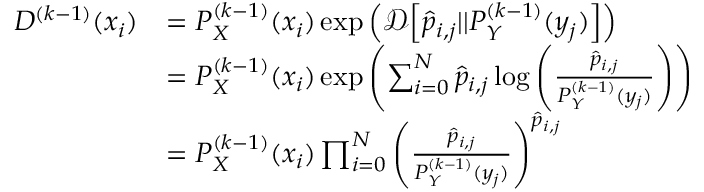
\begin{array} { r l } { D ^ { ( k - 1 ) } ( x _ { i } ) } & { = P _ { X } ^ { ( k - 1 ) } ( x _ { i } ) \exp \left( { \mathcal { D } \Big [ \hat { p } _ { i , j } | | P _ { Y } ^ { ( k - 1 ) } ( y _ { j } ) \Big ] } \right) } \\ & { = P _ { X } ^ { ( k - 1 ) } ( x _ { i } ) \exp \left( \sum _ { i = 0 } ^ { N } \hat { p } _ { i , j } \log \left( \frac { \hat { p } _ { i , j } } { P _ { Y } ^ { ( k - 1 ) } ( y _ { j } ) } \right) \right) } \\ & { = P _ { X } ^ { ( k - 1 ) } ( x _ { i } ) \prod _ { i = 0 } ^ { N } \left( \frac { \hat { p } _ { i , j } } { P _ { Y } ^ { ( k - 1 ) } ( y _ { j } ) } \right) ^ { \hat { p } _ { i , j } } } \end{array}